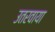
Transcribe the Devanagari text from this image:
उतरवाया